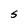
Character: S